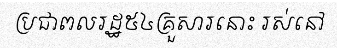
ប្រជាពលរដ្ឋ៥៤គ្រួសារនោះ រស់នៅ